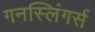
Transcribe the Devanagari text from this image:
गनस्लिंगर्स